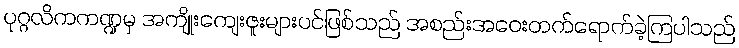
ပုဂ္ဂလိကကဏ္ဍမှ အကျိုးကျေးဇူးများပင်ဖြစ်သည် အစည်းအဝေးတက်ရောက်ခဲ့ကြပါသည်